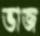
ভাজ